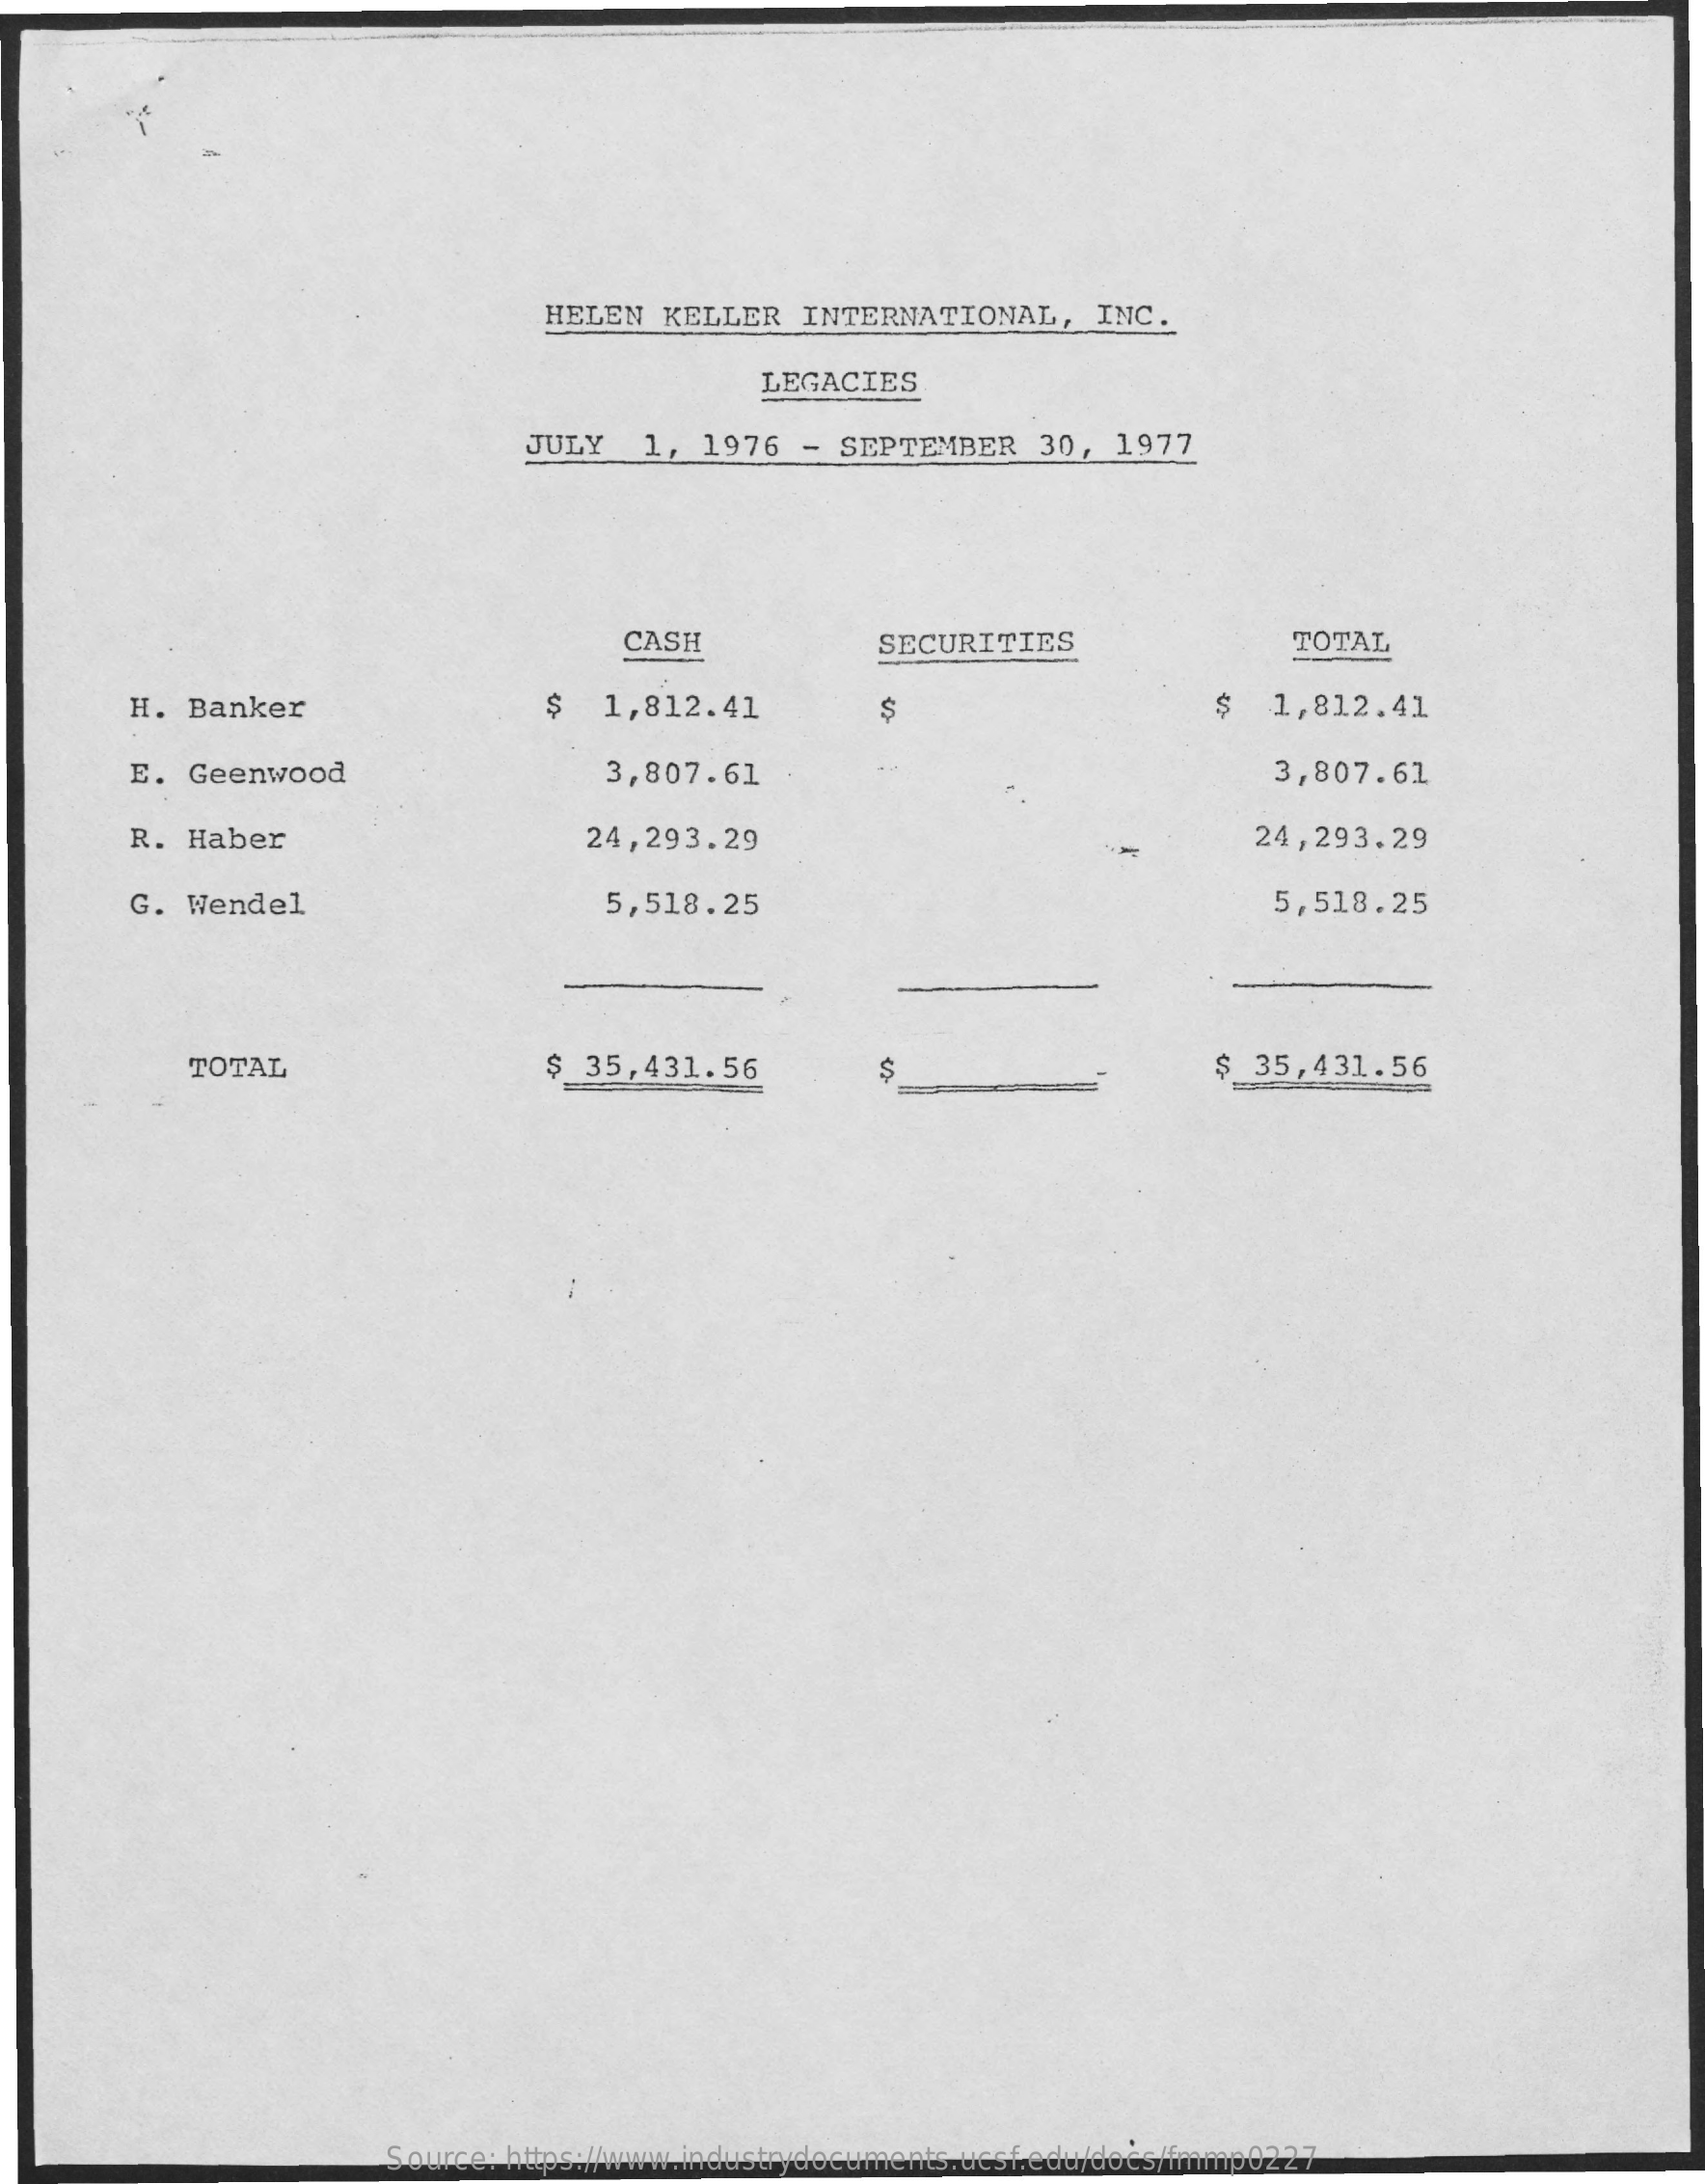
HELEN  KELLER   INTERNATIONAL,    INC.
     LEGACIES
     JULY   1,  1976  - SEPTEMBER    30,  1977
     CASH    SECURITIES    TOTAL
     H.  Banker    $  1,812.41    $   1,812.41
     E. Geenwood    3,807.61    3,807.61
     R. Haber    24,293.29    24,293.29
     G. Wendel    5,518.25    5,518.25
     TOTAL    $ 35,431.56    S    $  35,431.56
     Source: https://www.industrydocuments.ucsf.edu/docs/fmmp0227